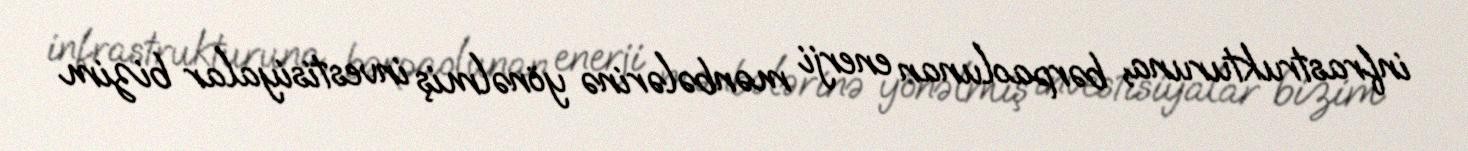
infrastrukturuna, bərpaolunan enerji mənbələrinə yönəlmiş investisiyalar bizim